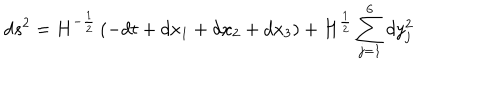
LaTeX: d s ^ { 2 } = H ^ { - \frac 1 2 } \left( - d t + d x _ { 1 } + d x _ { 2 } + d x _ { 3 } \right) + H ^ { \frac 1 2 } \sum _ { j = 1 } ^ { 6 } d y _ { j } ^ { 2 }